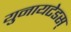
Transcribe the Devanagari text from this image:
युनायटेडस्